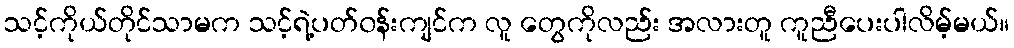
သင့်ကိုယ်တိုင်သာမက သင့်ရဲ့ပတ်၀န်းကျင်က လူ တွေကိုလည်း အလားတူ ကူညီပေးပါလိမ့်မယ်။